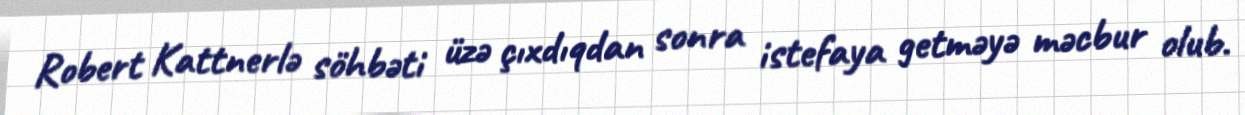
Robert Kattnerlə söhbəti üzə çıxdıqdan sonra istefaya getməyə məcbur olub.